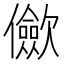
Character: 𠑁